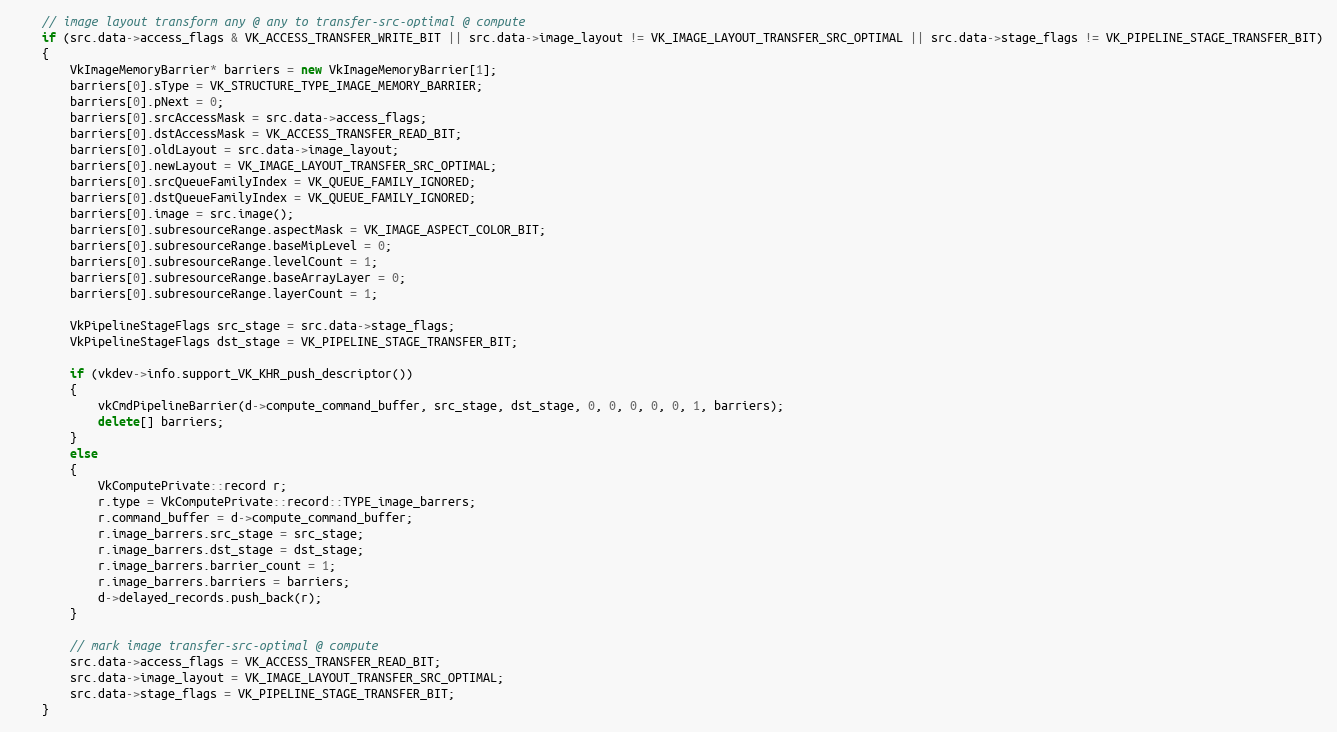
Language: C++
    // image layout transform any @ any to transfer-src-optimal @ compute
    if (src.data->access_flags & VK_ACCESS_TRANSFER_WRITE_BIT || src.data->image_layout != VK_IMAGE_LAYOUT_TRANSFER_SRC_OPTIMAL || src.data->stage_flags != VK_PIPELINE_STAGE_TRANSFER_BIT)
    {
        VkImageMemoryBarrier* barriers = new VkImageMemoryBarrier[1];
        barriers[0].sType = VK_STRUCTURE_TYPE_IMAGE_MEMORY_BARRIER;
        barriers[0].pNext = 0;
        barriers[0].srcAccessMask = src.data->access_flags;
        barriers[0].dstAccessMask = VK_ACCESS_TRANSFER_READ_BIT;
        barriers[0].oldLayout = src.data->image_layout;
        barriers[0].newLayout = VK_IMAGE_LAYOUT_TRANSFER_SRC_OPTIMAL;
        barriers[0].srcQueueFamilyIndex = VK_QUEUE_FAMILY_IGNORED;
        barriers[0].dstQueueFamilyIndex = VK_QUEUE_FAMILY_IGNORED;
        barriers[0].image = src.image();
        barriers[0].subresourceRange.aspectMask = VK_IMAGE_ASPECT_COLOR_BIT;
        barriers[0].subresourceRange.baseMipLevel = 0;
        barriers[0].subresourceRange.levelCount = 1;
        barriers[0].subresourceRange.baseArrayLayer = 0;
        barriers[0].subresourceRange.layerCount = 1;

        VkPipelineStageFlags src_stage = src.data->stage_flags;
        VkPipelineStageFlags dst_stage = VK_PIPELINE_STAGE_TRANSFER_BIT;

        if (vkdev->info.support_VK_KHR_push_descriptor())
        {
            vkCmdPipelineBarrier(d->compute_command_buffer, src_stage, dst_stage, 0, 0, 0, 0, 0, 1, barriers);
            delete[] barriers;
        }
        else
        {
            VkComputePrivate::record r;
            r.type = VkComputePrivate::record::TYPE_image_barrers;
            r.command_buffer = d->compute_command_buffer;
            r.image_barrers.src_stage = src_stage;
            r.image_barrers.dst_stage = dst_stage;
            r.image_barrers.barrier_count = 1;
            r.image_barrers.barriers = barriers;
            d->delayed_records.push_back(r);
        }

        // mark image transfer-src-optimal @ compute
        src.data->access_flags = VK_ACCESS_TRANSFER_READ_BIT;
        src.data->image_layout = VK_IMAGE_LAYOUT_TRANSFER_SRC_OPTIMAL;
        src.data->stage_flags = VK_PIPELINE_STAGE_TRANSFER_BIT;
    }